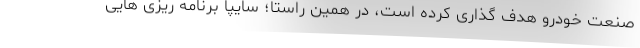
صنعت خودرو هدف گذاری کرده است، در همین راستا؛ سایپا برنامه ریزی هایی